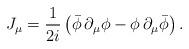
LaTeX: \begin{align*}J_{\mu }=\frac{1}{2i}\left( \bar{\phi}\,\partial _{\mu }\phi -\phi\,\partial _{\mu }\bar{\phi}\right).\end{align*}